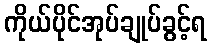
ကိုယ်ပိုင်အုပ်ချုပ်ခွင့်ရ